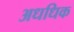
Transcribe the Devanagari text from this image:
अधधिक